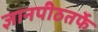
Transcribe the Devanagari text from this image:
ज्ञानपीठतर्फे